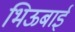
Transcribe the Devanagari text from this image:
भिऊबाई